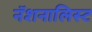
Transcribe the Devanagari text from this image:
नॅशनालिस्ट